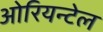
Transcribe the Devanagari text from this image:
ओरियन्टेल